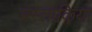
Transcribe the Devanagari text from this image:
बस्ताकिया